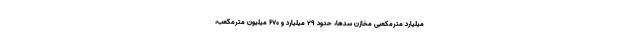
میلیارد مترمکعبی مخازن سدها، حدود ۲۹ میلیارد و ۶۷۰ میلیون مترمکعب،